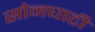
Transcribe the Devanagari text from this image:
सोनघाटी